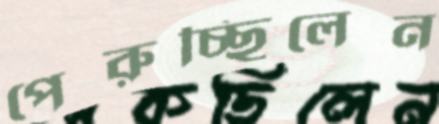
পেরুচ্ছিলেন